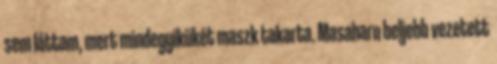
sem láttam, mert mindegyikükét maszk takarta. Masaharu beljebb vezetett